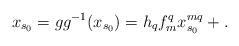
LaTeX: \begin{align*}x_{s_0}=gg^{-1}(x_{s_0})=h_q f_{m}^{q} x_{s_0}^{mq} + .\end{align*}